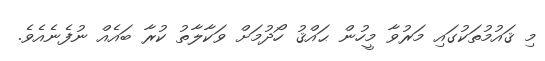
މި ޤައުމުތަކުގައި މަރުވާ މީހުން ޙައްޤު ހޯދުމަށް ވަކާލާތު ކުރާ ބައެއް ނުފެނެއެވެ.